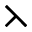
\leftthreetimes